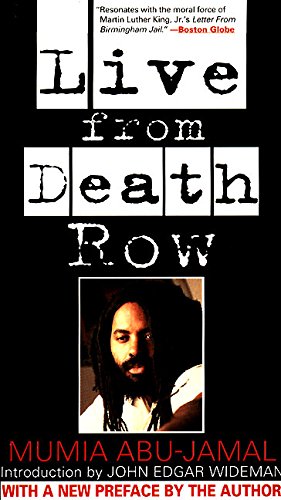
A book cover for Live from Death Row; Mumia Abu-jamal; Law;